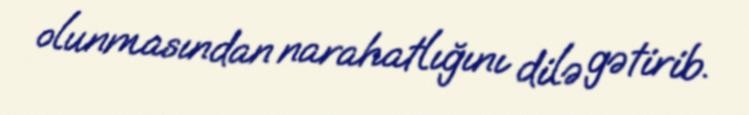
olunmasından narahatlığını dilə gətirib.